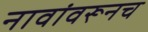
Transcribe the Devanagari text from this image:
नावांवरूनच